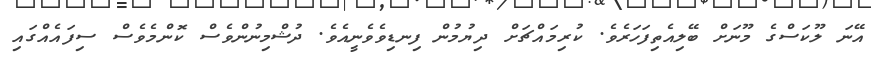
އޭނަ ލޫކަސްގެ މޫނަށް ބޭލިއެތިފަހަރެވެ. ކުރިމައްޗަށް ދިޔުމުން ފިނޑިވެވެނީއެވެ. ދުޝްމިނުންވެސް ކޮންމެވެސް ސިފައެއްގައި